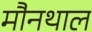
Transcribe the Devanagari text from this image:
मौनथाल